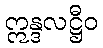
ဣန္ဒလဋ္ဌီဝ